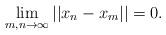
LaTeX: \begin{align*}\lim\limits_{m,n\to\infty}||x_n-x_m||=0.\end{align*}